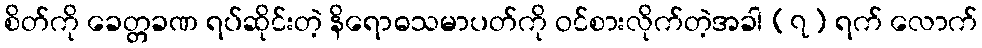
စိတ်ကို ခေတ္တခဏ ရပ်ဆိုင်းတဲ့ နိရောဓသမာပတ်ကို ဝင်စားလိုက်တဲ့အခါ (၇) ရက် လောက်